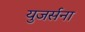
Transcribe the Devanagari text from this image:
युजर्सना